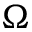
\Omega